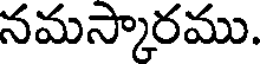
నమస్కారము.